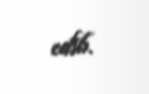
edib.